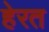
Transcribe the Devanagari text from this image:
हेरत